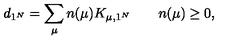
d _ { 1 ^ { N } } = \sum _ { \mu } n ( \mu ) K _ { \mu , 1 ^ { N } } \qquad n ( \mu ) \geq 0 ,